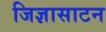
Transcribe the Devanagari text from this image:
जिज्ञासाटन